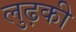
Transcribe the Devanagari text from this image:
लुढ़की